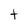
Character: t